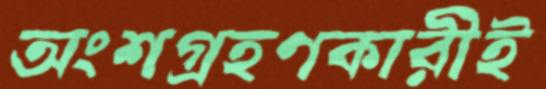
অংশগ্রহণকারীই